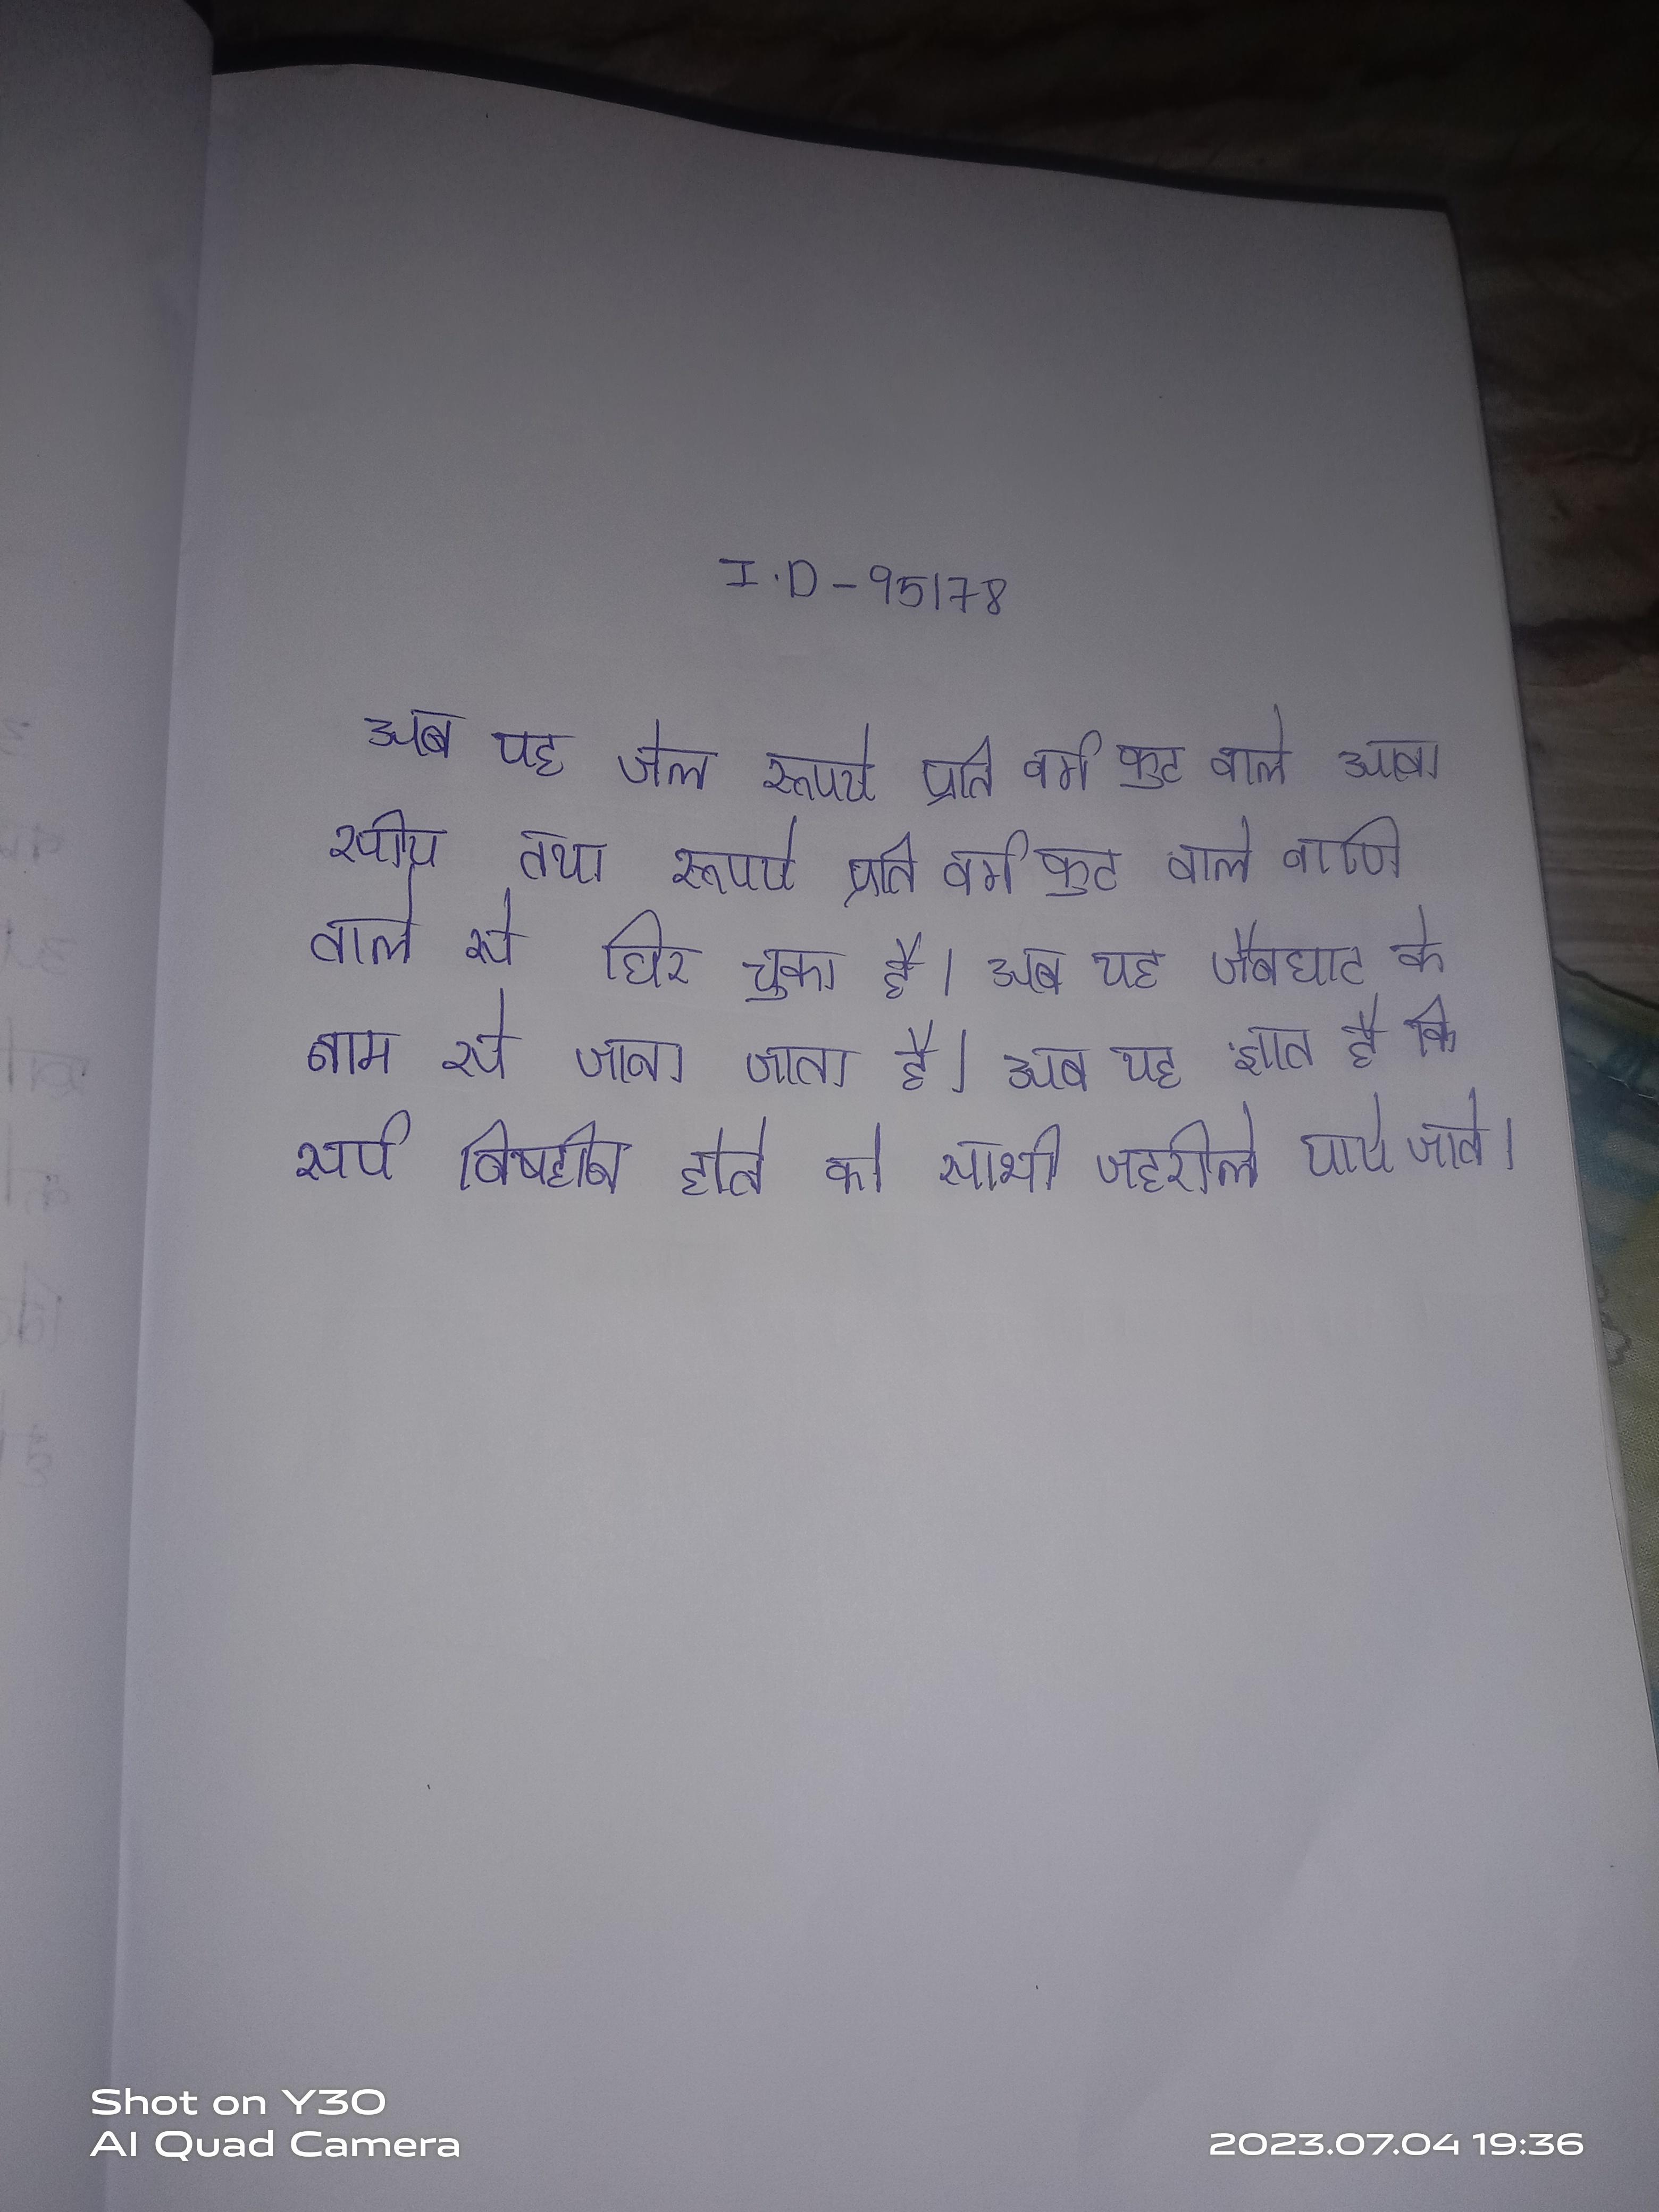
अब यह जेल रुपये प्रति वर्ग फुट वाले आवासीय तथा रुपये प्रति वर्ग फुट वाले वाणिज्यिक वाले से घिर चुका है । अब यह जैनघाट के नाम से जाना जाता है । अब यह ज्ञात है कि सर्प विषहीन होते किन्तु अन्टार्कटिका को सभी जहरीले पाये जाते ।